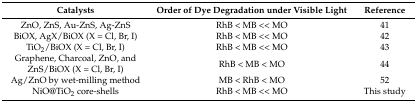
<table><thead><tr><td><b>Catalysts</b></td><td><b>Order of Dye Degradation under Visible Light</b></td><td><b>Reference</b></td></tr></thead><tbody><tr><td>ZnO, ZnS, Au-ZnS, Ag-ZnS</td><td>RhB &lt; MB &lt;&lt; MO</td><td>41</td></tr><tr><td>BiOX, AgX/BiOX (X = Cl, Br, I)</td><td>RhB &lt; MB &lt;&lt; MO</td><td>42</td></tr><tr><td>TiO<sub>2</sub>/BiOX (X = Cl, Br, I)</td><td>RhB &lt; MB &lt;&lt; MO</td><td>43</td></tr><tr><td>Graphene, Charcoal, ZnO, and ZnS/BiOX (X = Cl, Br, I)</td><td>RhB &lt; MB &lt; MO</td><td>44</td></tr><tr><td>Ag/ZnO by wet-milling method</td><td>MB &lt; RhB &lt; MO</td><td>52</td></tr><tr><td>NiO@TiO<sub>2</sub> core-shells</td><td>RhB &lt; MB &lt;&lt; MO</td><td>This study</td></tr></tbody></table>